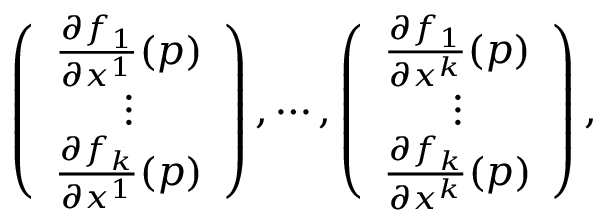
\left( \begin{array} { c } { \frac { \partial f _ { 1 } } { \partial x ^ { 1 } } ( p ) } \\ { \vdots } \\ { \frac { \partial f _ { k } } { \partial x ^ { 1 } } ( p ) } \end{array} \right) , \cdots , \left( \begin{array} { c } { \frac { \partial f _ { 1 } } { \partial x ^ { k } } ( p ) } \\ { \vdots } \\ { \frac { \partial f _ { k } } { \partial x ^ { k } } ( p ) } \end{array} \right) ,